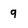
Character: q